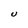
Character: U